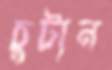
চুটান